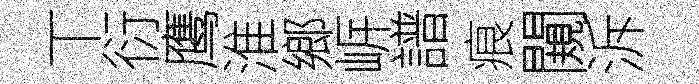
丅衍鹰淮鄉㟁譜痕闚泝